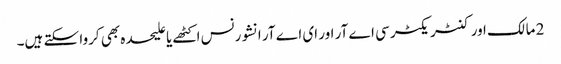
2 مالک اور کنٹریکٹر سی اے آر اور ای اے آر انشورنس اکٹھے یا علیحدہ بھی کروا سکتے ہیں۔